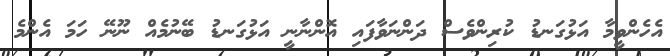
އެހެންވީމާ އަޅުގަނޑު ކުރިންވެސް ދަންނަވާފައި އޮންނާނީ އަޅުގަނޑު ބޭނުމެއް ނޫނޭ ހަމަ އެންމެ